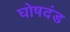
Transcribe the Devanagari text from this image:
घोषदंड